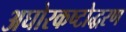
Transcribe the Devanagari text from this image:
अघोरकष्टोद्धरण